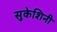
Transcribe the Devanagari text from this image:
सुकेशिनी